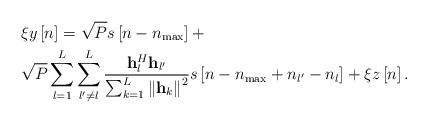
LaTeX: \begin{align*} \begin{aligned} &\xi y\left[ n \right] = \sqrt P s\left[ {n - {n_{\max }}} \right] +\\ &\sqrt P \sum\limits_{l = 1}^L {\sum\limits_{l' \ne l}^L {\frac{{{\bf{h}}_l^H{{\bf{h}}_{l'}}}}{{\sum\nolimits_{k = 1}^L {{{\left\| {{{\bf{h}}_k}} \right\|}^2}} }}s\left[ {n - {n_{\max }} + {n_{l'}} - {n_l}} \right]} } + \xi z\left[ n \right]. \end{aligned} \end{align*}